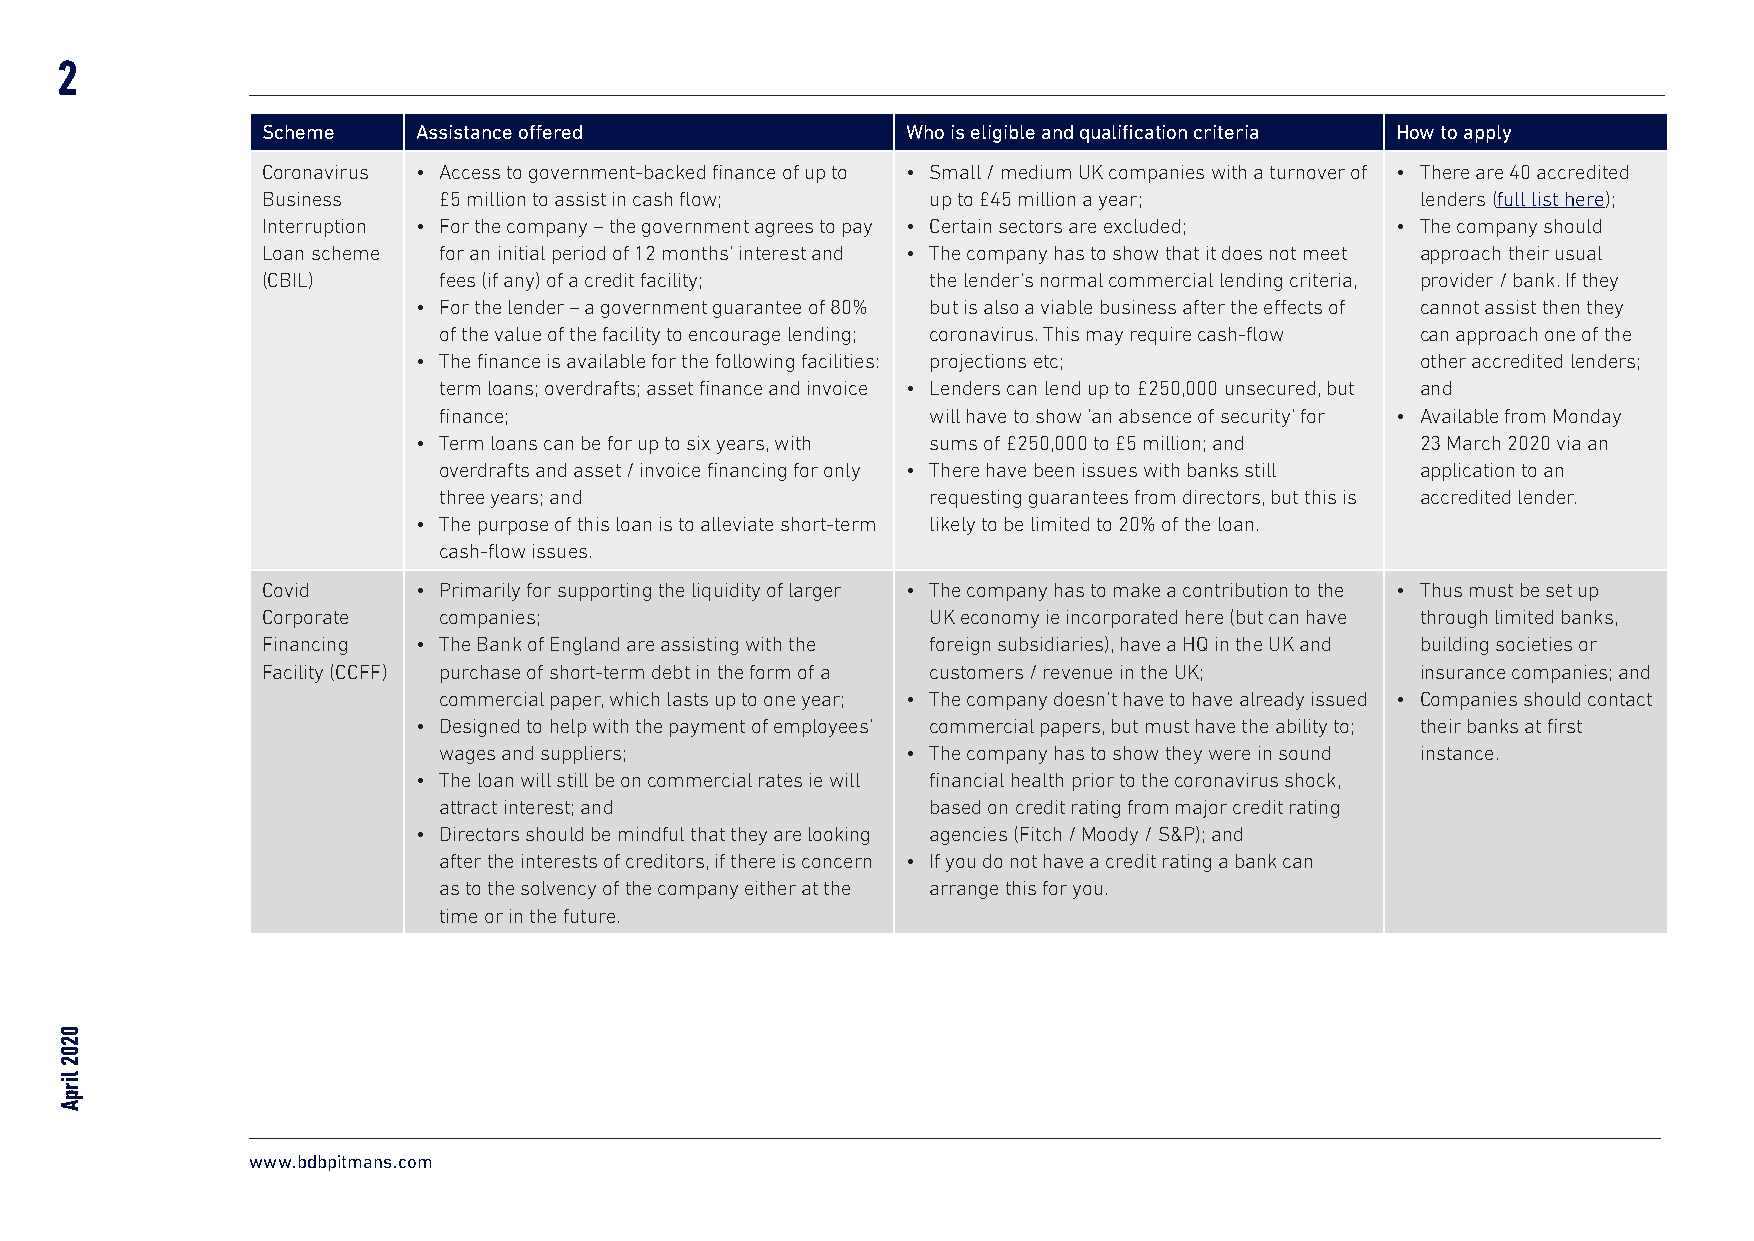
2
 Scheme     Assistance offered              Who is eligible and qualification criteria How to apply
 Coronavirus • Access to government-backed finance of up to • Small / medium UK companies with a turnover of • There are 40 accredited
 Business    £5 million to assist in cash flow; up to £45 million a year;     lenders (full list here);
 Interruption • For the company – the government agrees to pay • Certain sectors are excluded; • The company should
 Loan scheme for an initial period of 12 months’ interest and • The company has to show that it does not meet approach their usual
 (CBIL)      fees (if any) of a credit facility; the lender’s normal commercial lending criteria, provider / bank. If they
 • For the lender – a government guarantee of 80% but is also a viable business after the effects of cannot assist then they
 of the value of the facility to encourage lending; coronavirus. This may require cash-flow can approach one of the
 • The finance is available for the following facilities: projections etc; other accredited lenders;
 term loans; overdrafts; asset finance and invoice • Lenders can lend up to £250,000 unsecured, but and
 finance;                         will have to show ‘an absence of security’ for • Available from Monday
 • Term loans can be for up to six years, with sums of £250,000 to £5 million; and 23 March 2020 via an
 overdrafts and asset / invoice financing for only • There have been issues with banks still application to an
 three years; and                 requesting guarantees from directors, but this is accredited lender.
 • The purpose of this loan is to alleviate short-term likely to be limited to 20% of the loan.
 cash-flow issues.
 Covid      • Primarily for supporting the liquidity of larger • The company has to make a contribution to the • Thus must be set up
 Corporate   companies;                       UK economy ie incorporated here (but can have through limited banks,
 Financing  • The Bank of England are assisting with the foreign subsidiaries), have a HQ in the UK and building societies or
 Facility (CCFF) purchase of short-term debt in the form of a customers / revenue in the UK; insurance companies; and
 commercial paper, which lasts up to one year; • The company doesn’t have to have already issued • Companies should contact
 • Designed to help with the payment of employees’ commercial papers, but must have the ability to; their banks at first
 wages and suppliers;           • The company has to show they were in sound instance.
 • The loan will still be on commercial rates ie will financial health prior to the coronavirus shock,
 attract interest; and            based on credit rating from major credit rating
 • Directors should be mindful that they are looking agencies (Fitch / Moody / S&P); and
 after the interests of creditors, if there is concern • If you do not have a credit rating a bank can
 as to the solvency of the company either at the arrange this for you.
 time or in the future.
 www.bdbpitmans.com
 0202
 lirpA